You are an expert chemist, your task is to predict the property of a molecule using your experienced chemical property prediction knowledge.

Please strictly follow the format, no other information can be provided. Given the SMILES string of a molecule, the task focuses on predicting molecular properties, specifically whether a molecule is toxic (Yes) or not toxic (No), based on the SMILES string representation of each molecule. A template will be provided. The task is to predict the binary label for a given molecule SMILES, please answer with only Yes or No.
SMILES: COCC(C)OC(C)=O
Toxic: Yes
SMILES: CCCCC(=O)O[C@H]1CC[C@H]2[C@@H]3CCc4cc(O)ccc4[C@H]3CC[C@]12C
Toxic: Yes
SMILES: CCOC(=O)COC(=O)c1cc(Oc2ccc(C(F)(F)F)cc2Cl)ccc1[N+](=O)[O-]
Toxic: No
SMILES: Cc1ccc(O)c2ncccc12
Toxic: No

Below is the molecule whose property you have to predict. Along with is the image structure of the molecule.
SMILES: Cc1ccc(C=O)cc1C
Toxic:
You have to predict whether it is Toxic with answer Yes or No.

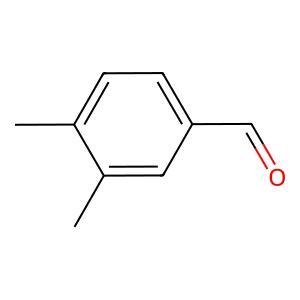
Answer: No